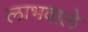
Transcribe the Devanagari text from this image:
लाभवाले